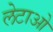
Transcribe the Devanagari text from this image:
लेटाओ